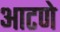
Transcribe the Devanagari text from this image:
आटणे